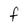
Character: F